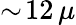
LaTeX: \sim\! 12\, \mu